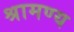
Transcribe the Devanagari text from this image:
श्रामण्य